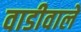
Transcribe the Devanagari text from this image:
वाडीवाले